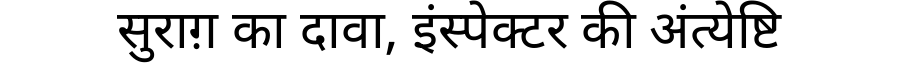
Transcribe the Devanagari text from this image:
सुराग़ का दावा, इंस्पेक्टर की अंत्येष्टि